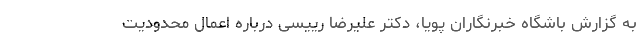
به گزارش باشگاه خبرنگاران پویا، دکتر علیرضا رییسی درباره اعمال محدودیت